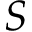
S